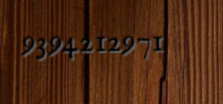
9394212971